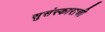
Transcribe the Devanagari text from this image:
सुसंस्काराची